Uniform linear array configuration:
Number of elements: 64
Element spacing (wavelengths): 0.75
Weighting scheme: exponential
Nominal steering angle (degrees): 30
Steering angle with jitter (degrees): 31.829
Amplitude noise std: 0.05
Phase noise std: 0.05

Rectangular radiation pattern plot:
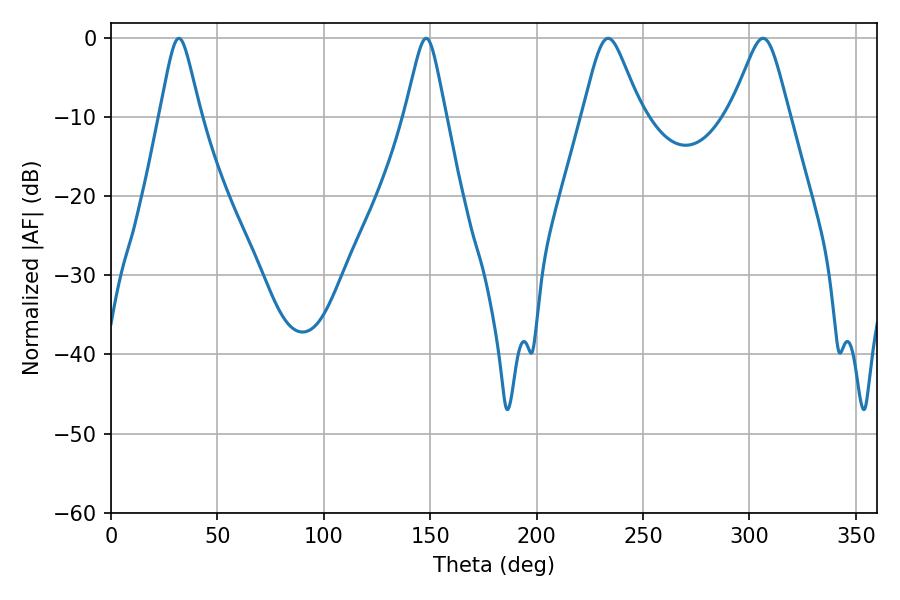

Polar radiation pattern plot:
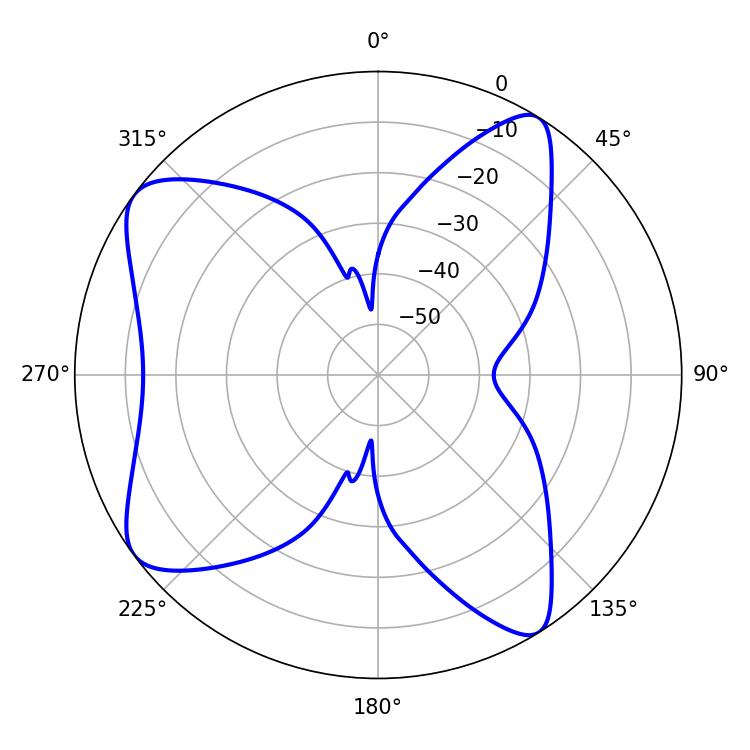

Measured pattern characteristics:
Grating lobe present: TRUE
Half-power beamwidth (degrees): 13.14
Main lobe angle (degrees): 306.36